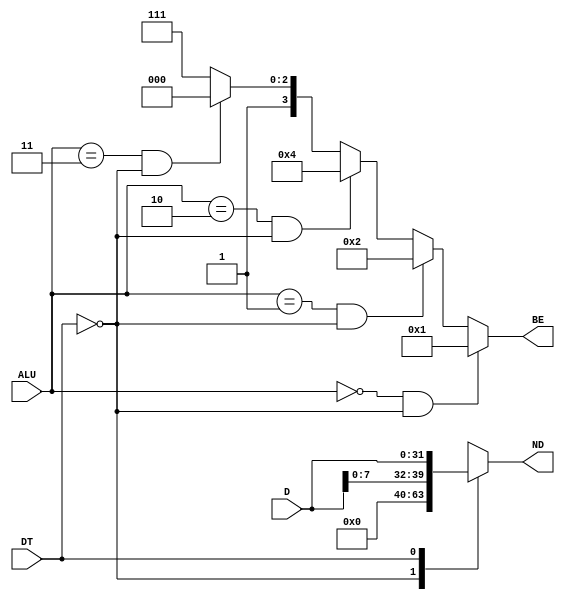
`timescale 1ns / 1ps
// Bloque para manejar la las operaciones sw y sb.
// Entradas: D = RD2, ALU = ALU_Result[1:0], DT = Inst[13]. 
// Salidas: ND = dato a almacenar y BE = byte/bytes a almacenar(sb/sw).
/*
	Procedimiento:
	Dependiendo de la operacin (sw/sb) escribe en ND(New Data) la palabra completa, para en el caso de sw,
	y BE(Byte Enable) en 4'b1111.
	Para el caso de sb se escribe en ND el byte a escribir extendido a 32 bits y el valor respectivo de BE 
	para saber cual byte es el que se va escribir en el bloque de Data Memory. 
*/
module StoreLogic	(
						input wire [31:0] D,
						input wire [1:0] ALU,
						input wire DT,
						output reg [31:0] ND,
						output reg [3:0] BE
						);
						
reg [31:0] Word;

always @(*)
	begin
		Word <= {24'b0,D[7:0]};
		// Se almacena la palabra completa o el byte extendido a 32 bist.(sw/sb)	
		case(DT)
			1'b0:		ND <= Word;
			1'b1:		ND <= D;
			default:	ND <= 32'b0;
		endcase
		// Se establece el valor de BE para saber cual byte/bytes se van escribir en Data Memory.(sb/sw)
		if((ALU == 2'b00)&&(DT == 1'b0))
			BE <= 4'b0001;
		else if((ALU == 2'b01)&&(DT == 1'b0))
			BE <= 4'b0010;
		else if((ALU == 2'b10)&&(DT == 1'b0))
			BE <= 4'b0100;
		else if((ALU == 2'b11)&&(DT == 1'b0))
			BE <= 4'b1000;
		else
			BE <= 4'b1111;
	end
endmodule